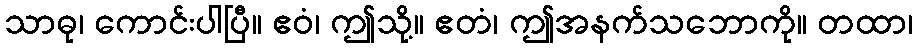
သာဓု၊ ကောင်းပါပြီ။ ဧဝံ၊ ဤသို့။ ဧတံ၊ ဤအနက်သဘောကို။ တထာ၊